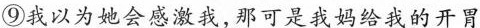
⑨我以为她会感激我,那可是我妈给我的开胃